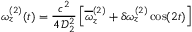
\omega _ { z } ^ { ( 2 ) } ( t ) = \frac { c ^ { 2 } } { 4 \, \mathcal { D } _ { 2 } ^ { 2 } } \left[ \overline { { \omega } } _ { z } ^ { ( 2 ) } + \delta \omega _ { z } ^ { ( 2 ) } \cos ( 2 t ) \right]